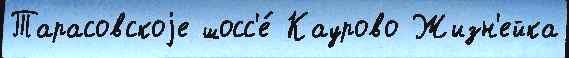
Тарасовскоjе шосс'е́ Каурово Жизн'ейка